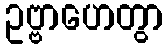
ဥဗ္ဗာဟေတွာ